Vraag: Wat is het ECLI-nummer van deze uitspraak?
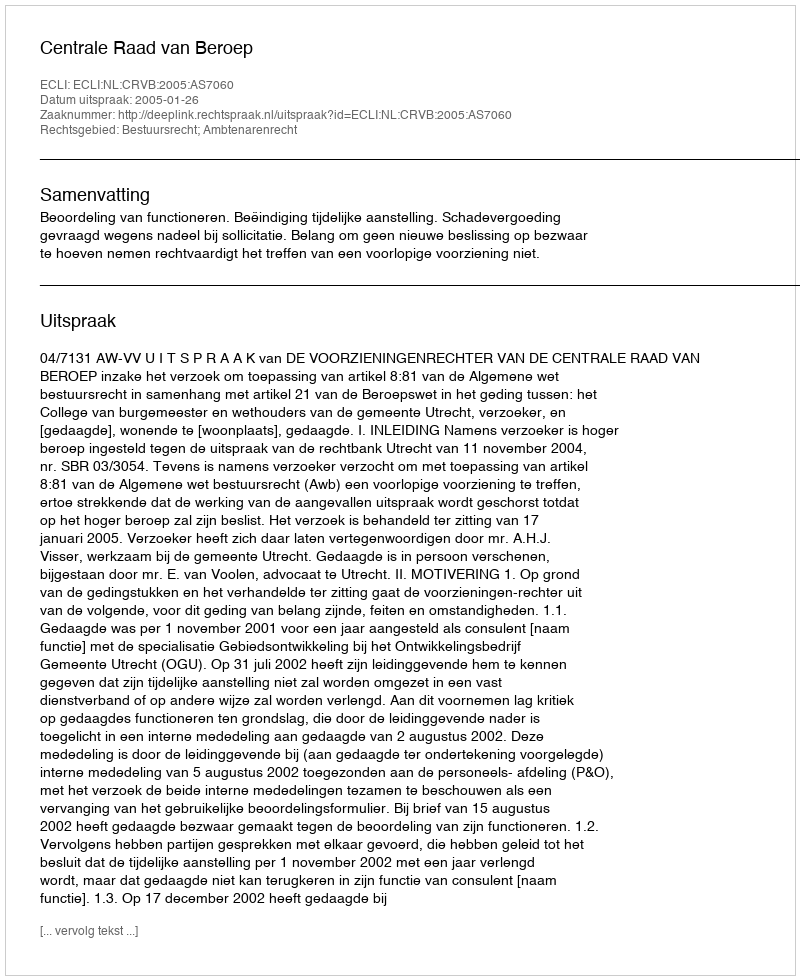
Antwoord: ECLI:NL:CRVB:2005:AS7060